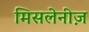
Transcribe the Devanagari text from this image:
मिसलेनीज़